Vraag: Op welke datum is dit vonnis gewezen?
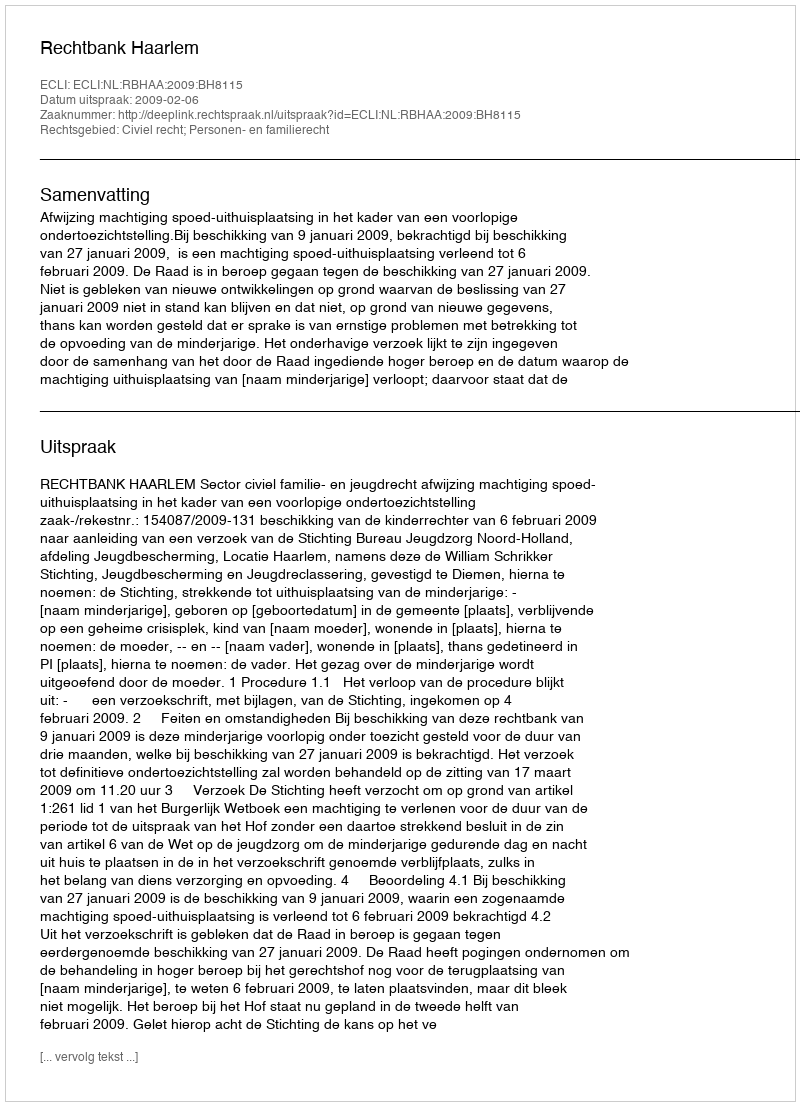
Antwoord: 2009-02-06